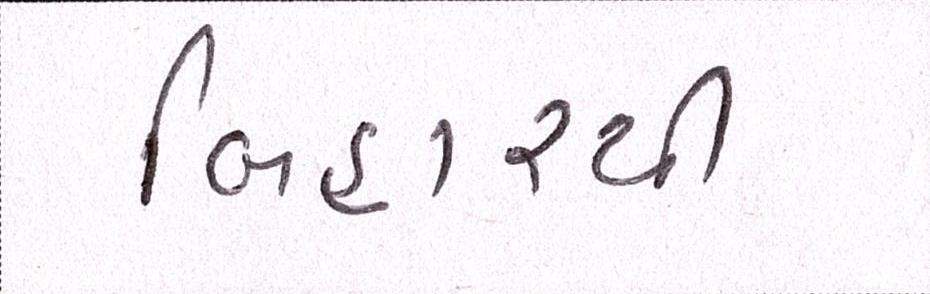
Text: બિહારથી